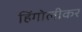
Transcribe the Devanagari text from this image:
हिंगोलीकर